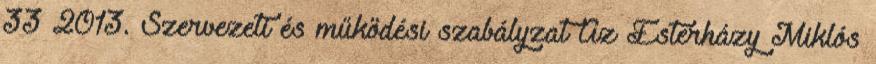
33 2013. Szervezeti és működési szabályzat Az Esterházy Miklós